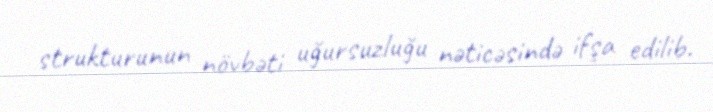
strukturunun növbəti uğursuzluğu nəticəsində ifşa edilib.